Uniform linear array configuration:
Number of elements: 16
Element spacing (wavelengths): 0.75
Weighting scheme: hann
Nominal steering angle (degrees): -15
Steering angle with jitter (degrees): -16.936
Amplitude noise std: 0.05
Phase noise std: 0.05

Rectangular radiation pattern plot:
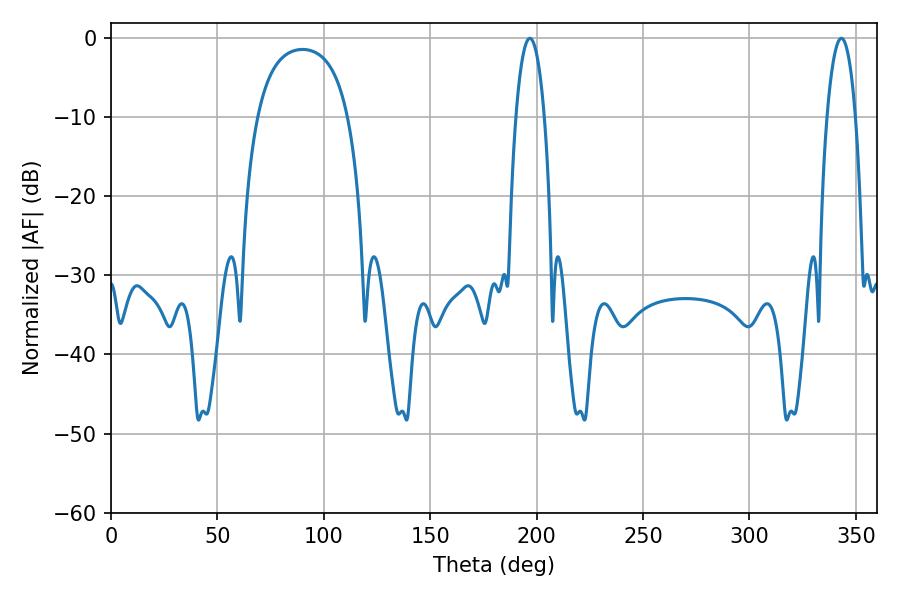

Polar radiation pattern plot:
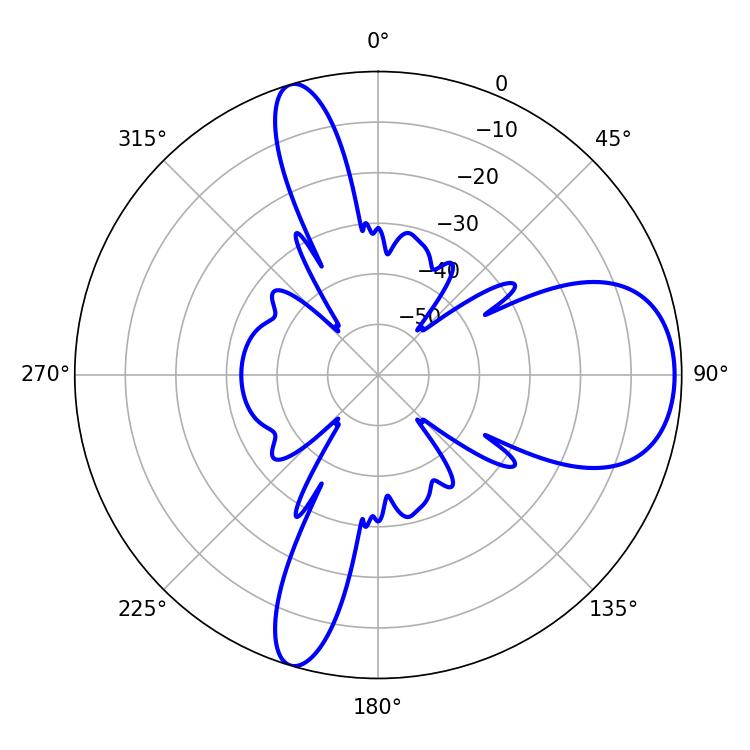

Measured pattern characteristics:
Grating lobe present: TRUE
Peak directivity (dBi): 8.554
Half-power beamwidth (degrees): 7.38
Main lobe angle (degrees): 196.74